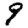
Digit: 9